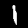
Digit: 1